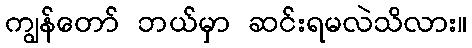
ကျွန်တော် ဘယ်မှာ ဆင်းရမလဲသိလား။